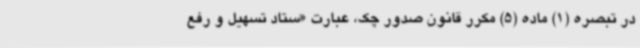
در تبصره (1) ماده (5) مکرر قانون صدور چک، عبارت «ستاد تسهیل و رفع